Leprosy in India: report of the Leprosy Commission in India, 1890-91
Year: 1890
Disease focus: Leprosy
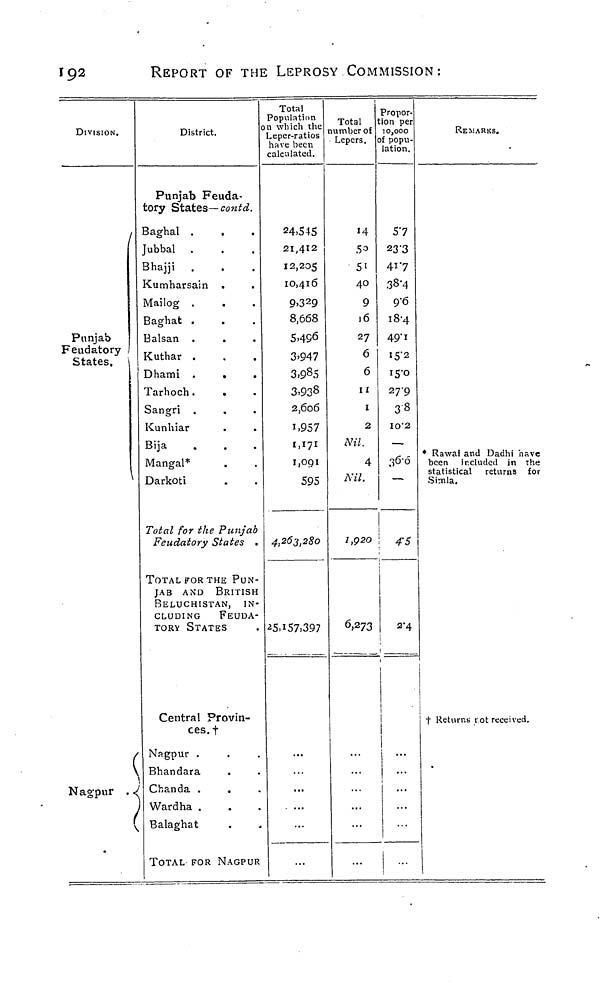
192
REPORT OF THE LEPROSY COMMISSION:
DIVISION.
/
Punjab
Feudatory-
States,
(
Nagpur . <
(
District.
Punjab Feuda-
tory States— contd.
Baghal .
Jubbal .
Bhajji
Kumharsain .
Mailog .
Baghat .
Balsan .
Kuthar .
Dhami .
.
.
Tarhoch.
.
Sangri .
Kunhiar
Biia
Mangal*
Darkoti
Total for the Punjab
Feudatory States .
TOTAL FOR THE PUN-
JAB AND BRITISH
BELUCHISTAN, IN-
CLUDING
FEUDA-
TORY STATES
Central Provin-
ces, f
Nagpur •
Bhandara
.
Chanda .
.
Wardha .
Balaghat
TOTAL FOR NAGPUR
Total
Population
n which the
Leper-ratios
have been
calculated.
24.545
21,412
12,205
10,416
9>3 2 9
8,668
5.40
3.947
3,9 8 5
3,938
2,606
1.957
1,171
1,091
595
4,263,280
*5.i57i397
Total
number of
Lepers.
14
50
5»
40
9
16
27
6
6
n
1
2
Nil.
4
Nil.
1,920
6,273
Propor-
tion per
IOJOOO
of popu-
lation.
5"7
23 3
417
38-4
9'6
18-4
49-1
15-2
15-0
27-9
38
IO"2
—
j6'6
4-5
2-4
...
...
...
REMARKS.
• Rawai and Dadhi have
been included in the
statistical returns for
Simla.
t Returns rot received.
*